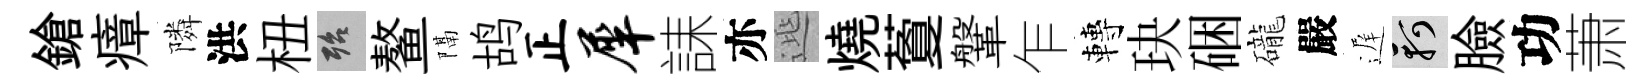
鎗瘴隣洪杻殆鳌隔鸪正犀誄亦𨓱燒藑鞶乍轉玦硱礲嚴遅軻臉功萧